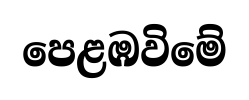
පෙළඹවිමේ